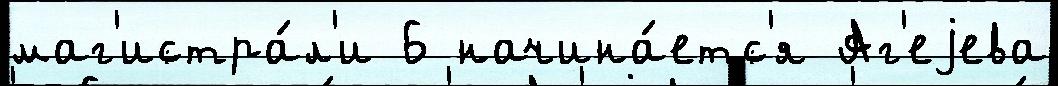
маг'истра́л'и 6 начина́етс'я Аг'еjева